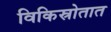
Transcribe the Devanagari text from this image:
विकिस्रोतात